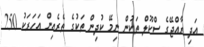
އަދި ރާއްޖޭގެ ސްކޫލް ތަކުން ނިމޭ ކުދިން ތަކުގެ ތެރެއިން އަހަރަކު 250